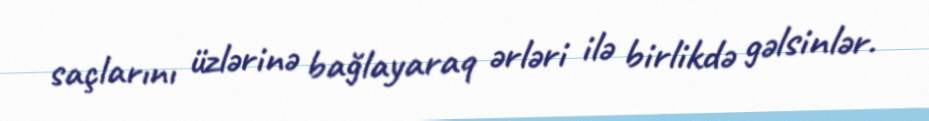
saçlarını üzlərinə bağlayaraq ərləri ilə birlikdə gəlsinlər.